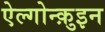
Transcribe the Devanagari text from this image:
ऐल्गोन्क़ुइन